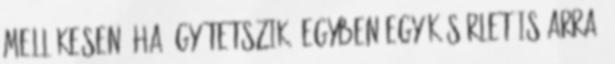
Mellékesen, ha úgy tetszik, egyben egy kísérlet is arra,